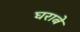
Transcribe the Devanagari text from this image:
घराबे